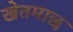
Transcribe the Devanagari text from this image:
खेतमाछ